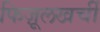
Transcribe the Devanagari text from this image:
फिज़ूलखर्ची